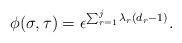
LaTeX: \begin{align*}\phi(\sigma, \tau) = \epsilon^{\sum_{r=1}^j \lambda_r (d_r - 1)}.\end{align*}